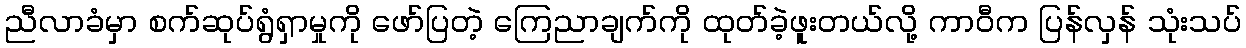
ညီလာခံမှာ စက်ဆုပ်ရွံရှာမှုကို ဖော်ပြတဲ့ ကြေညာချက်ကို ထုတ်ခဲ့ဖူးတယ်လို့ ကာဝီက ပြန်လှန် သုံးသပ်